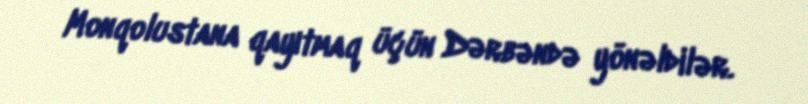
Monqolustana qayıtmaq üçün Dərbəndə yönəldilər.